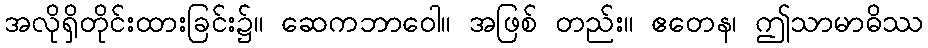
အလိုရှိတိုင်းထားခြင်း၌။ ဆေကဘာဝေါ။ အဖြစ် တည်း။ ဧတေန၊ ဤသာမာဓိဿ